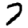
Digit: 7